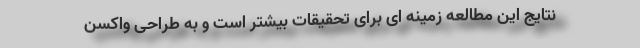
نتایج این مطالعه زمینه ای برای تحقیقات بیشتر است و به طراحی واکسن